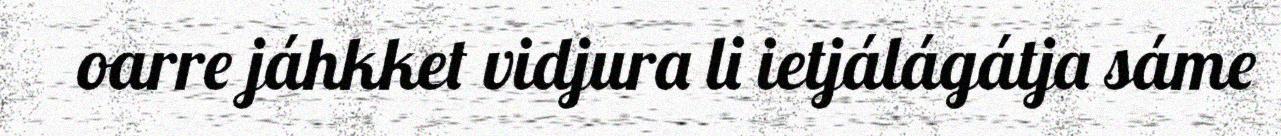
oarre jáhkket vidjura li ietjálágátja sáme